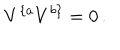
LaTeX: V ^ { \{ a } V ^ { b \} } = 0 \, .